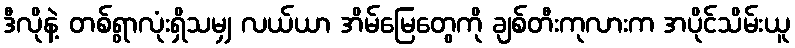
ဒီလိုနဲ့ တစ်ရွာလုံးရှိသမျှ လယ်ယာ အိမ်မြေတွေကို ချစ်တီးကုလားက အပိုင်သိမ်းယူ